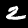
Label: 2